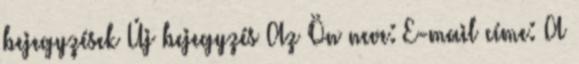
bejegyzések Új bejegyzés Az Ön neve: E-mail címe: A